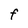
Character: F